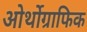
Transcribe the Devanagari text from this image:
ओर्थोग्राफिक